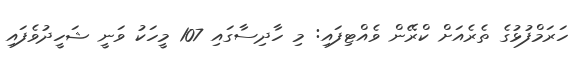
ހަރަމްފުޅުގެ ތެރެއަށް ކްރޭން ވެއްޓިފައި: މި ހާދިސާގައި 107 މީހަކު ވަނީ ޝަހީދުވެފައި